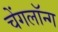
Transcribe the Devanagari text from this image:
चेंगलॉन्ग